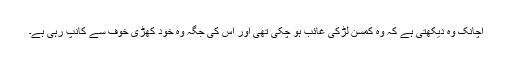
اچانک وہ دیکھتی ہے کہ وہ کمسن لڑکی غائب ہو چکی تھی اور اس کی جگہ وہ خود کھڑی خوف سے کانپ رہی ہے۔